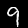
Label: 9